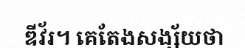
ឌីវ័រ។ គេតែងសង្ស័យថា